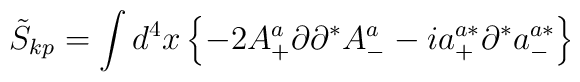
\tilde{S}_{kp} = \int d^4x \left\{ - 2A^a_+\partial\partial^* A^a_-- ia^{a*}_+\partial^* a^{a*}_- \right\}